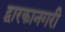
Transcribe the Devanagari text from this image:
द्वारकानगरी